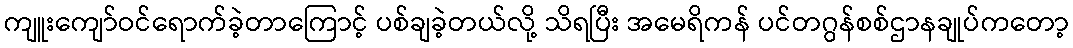
ကျူးကျော်ဝင်ရောက်ခဲ့တာကြောင့် ပစ်ချခဲ့တယ်လို့ သိရပြီး အမေရိကန် ပင်တဂွန်စစ်ဌာနချုပ်ကတော့